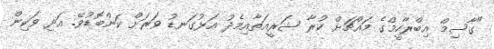
"ގާސިމް އިބްރާހީމްގެ މައްޗަށް ކުރާ ޝަރީއަތާއިމެދު އަޅުގަނޑު ވަރަށް ކަންބޮޑުވޭ. އަދި ވަކިން